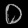
Digit: ၀